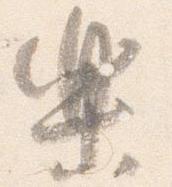
楽